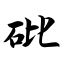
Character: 砒